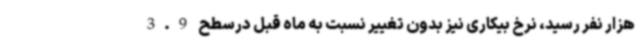
هزار نفر رسید، نرخ بیکاری نیز بدون تغییر نسبت به ماه قبل درسطح 3.9